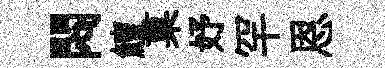
悶鱣菓妤罕恩